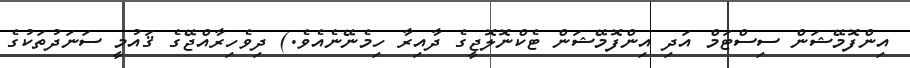
އިންފޮމޭޝަން ސިސްޓަމް އަދި އިންފޮމޭޝަން ޓެކްނޮލޮޖީގެ ދާއިރާ ހިމެނޭނެއެވެ.) ދިވެހިރާއްޖޭގެ ޤައުމީ ސަނަދުތަކުގެ